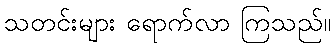
သတင်းများ ရောက်လာ ကြသည်။